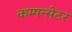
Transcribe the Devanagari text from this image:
कम्पन्सेटर